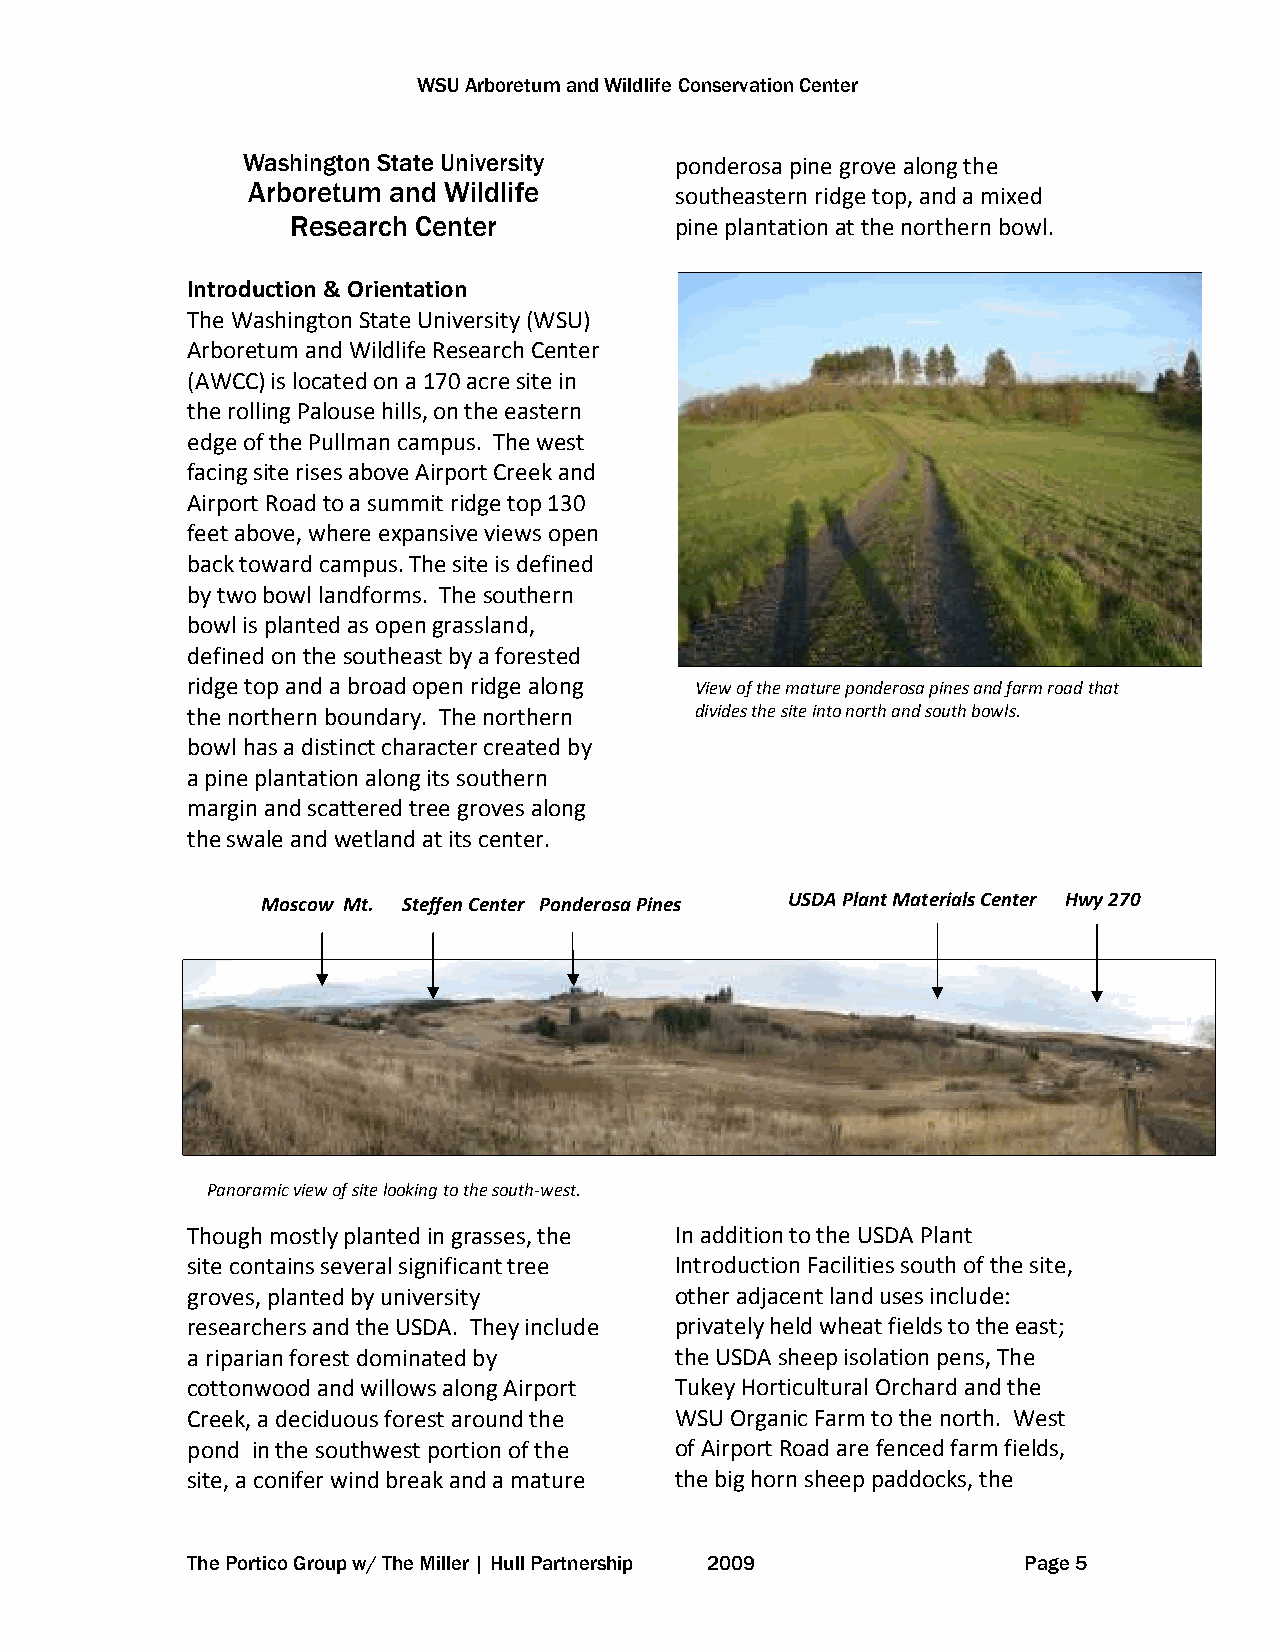
WSU Arboretum and Wildlife Conservation Center
 Washington State University  ponderosa pine grove along the
 Arboretum and Wildlife       southeastern ridge top, and a mixed
 Research Center           pine plantation at the northern bowl.
 Introduction & Orientation
 The Washington State University (WSU)
 Arboretum and Wildlife Research Center
 (AWCC) is located on a 170 acre site in
 the rolling Palouse hills, on the eastern
 edge of the Pullman campus. The west
 facing site rises above Airport Creek and
 Airport Road to a summit ridge top 130
 feet above, where expansive views open
 back toward campus. The site is defined
 by two bowl landforms. The southern
 bowl is planted as open grassland,
 defined on the southeast by a forested
 ridge top and a broad open ridge along View of the mature ponderosa pines and farm road that
 the northern boundary. The northern divides the site into north and south bowls.
 bowl has a distinct character created by
 a pine plantation along its southern
 margin and scattered tree groves along
 the swale and wetland at its center.
 Moscow Mt. Steffen Center Ponderosa Pines USDA Plant Materials Center Hwy 270
 Panoramic view of site looking to the south-west.
 Though mostly planted in grasses, the In addition to the USDA Plant
 site contains several significant tree Introduction Facilities south of the site,
 groves, planted by university    other adjacent land uses include:
 researchers and the USDA. They include privately held wheat fields to the east;
 a riparian forest dominated by   the USDA sheep isolation pens, The
 cottonwood and willows along Airport Tukey Horticultural Orchard and the
 Creek, a deciduous forest around the WSU Organic Farm to the north. West
 pond in the southwest portion of the of Airport Road are fenced farm fields,
 site, a conifer wind break and a mature the big horn sheep paddocks, the
 The Portico Group w/ The Miller | Hull Partnership 2009 Page 5